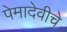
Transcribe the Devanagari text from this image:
पेमादेवीचे